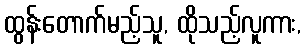
ထွန်းတောက်မည့်သူ, ထိုသည့်လူကား,